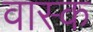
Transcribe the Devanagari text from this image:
वास्क